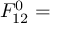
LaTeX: F _ { 1 2 } ^ { 0 } =